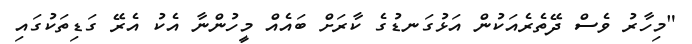
"މިހާރު ވެސް ދޭތެރެއަކުން އަޅުގަނޑުގެ ކާރަށް ބައެއް މީހުންނާ އެކު އެރޭ ގަޑިތަކުގައި